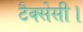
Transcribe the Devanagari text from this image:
टैक्सेसी।